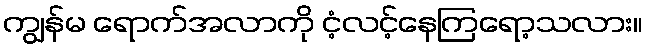
ကျွန်မ ရောက်အလာကို ငံ့လင့်နေကြရော့သလား။